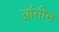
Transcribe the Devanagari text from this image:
ऑसीम